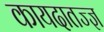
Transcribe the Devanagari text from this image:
कायदातज्ज्ञ